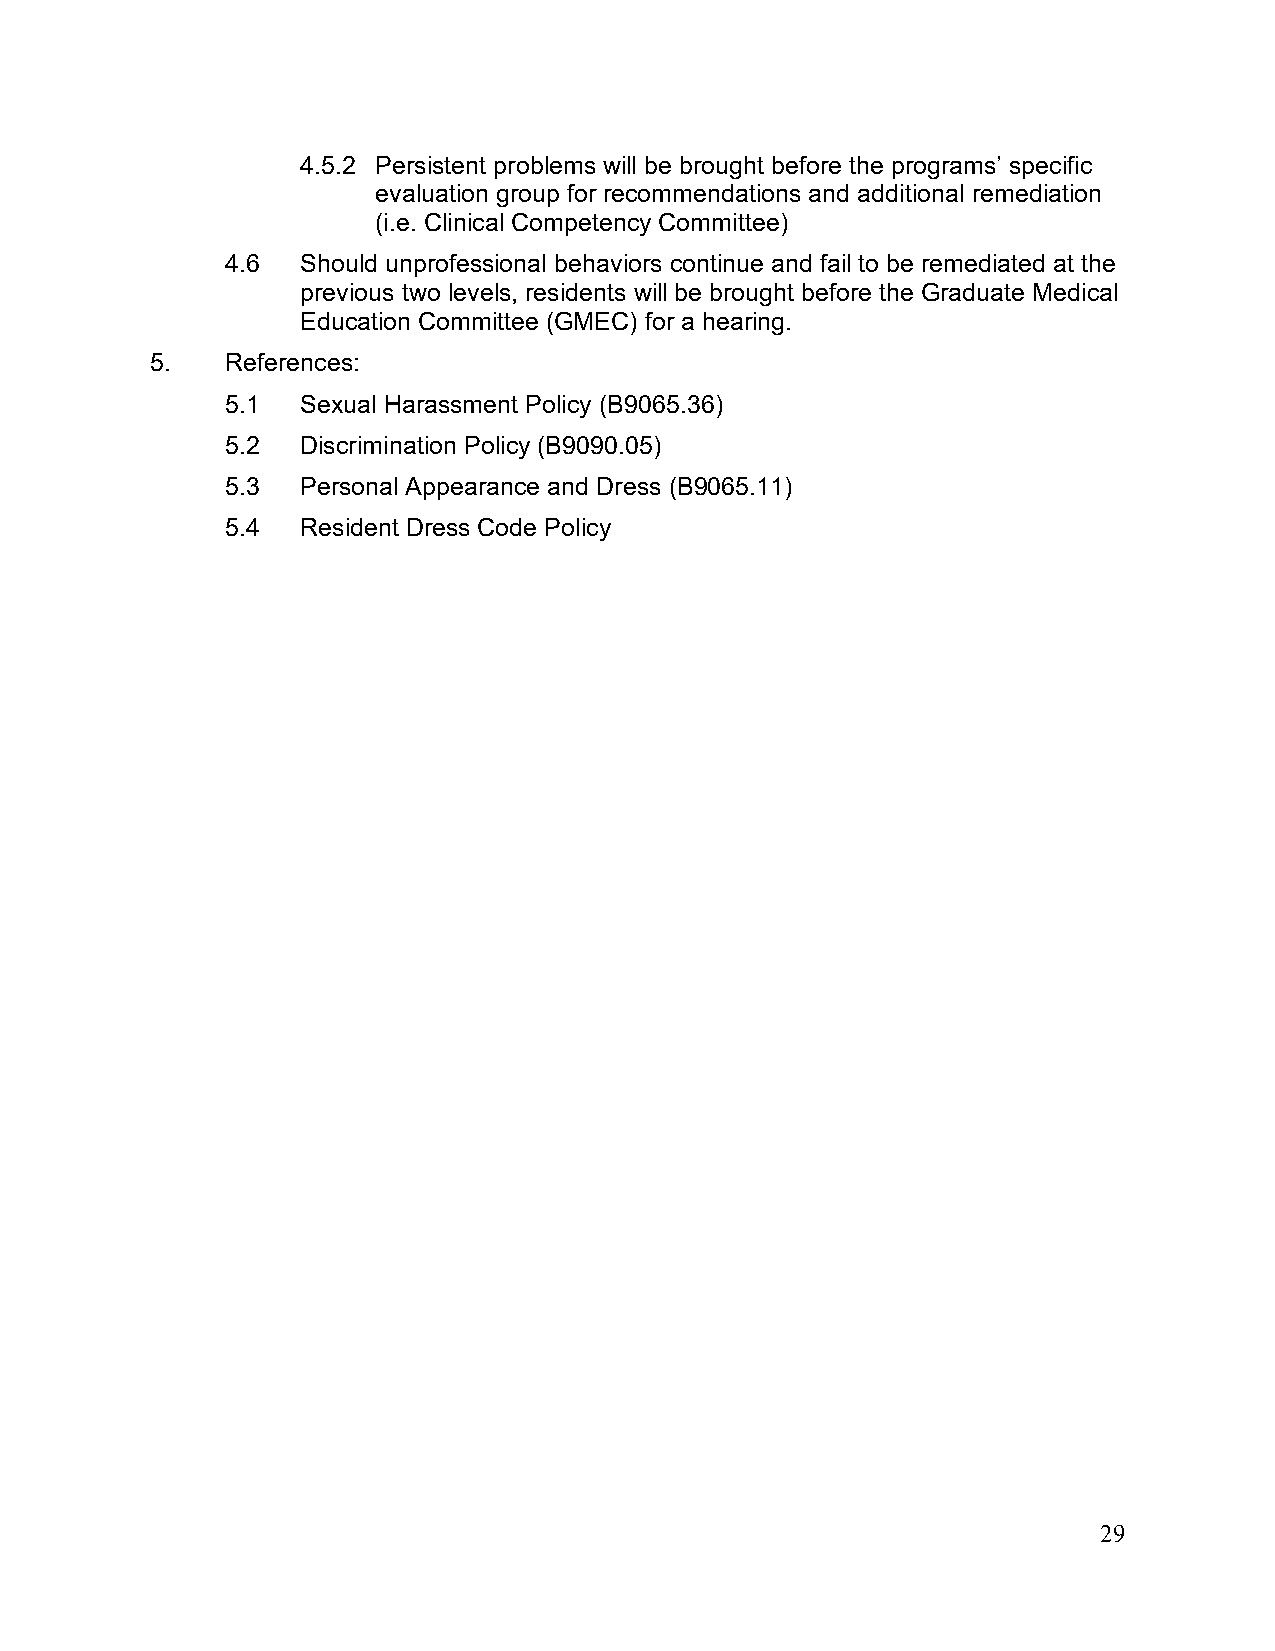
4.5.2 Persistent problems will be brought before the programs’ specific
 evaluation group for recommendations and additional remediation
 (i.e. Clinical Competency Committee)
 4.6  Should unprofessional behaviors continue and fail to be remediated at the
 previous two levels, residents will be brought before the Graduate Medical
 Education Committee (GMEC) for a hearing.
 5.   References:
 5.1  Sexual Harassment Policy (B9065.36)
 5.2  Discrimination Policy (B9090.05)
 5.3  Personal Appearance and Dress (B9065.11)
 5.4  Resident Dress Code Policy
 29